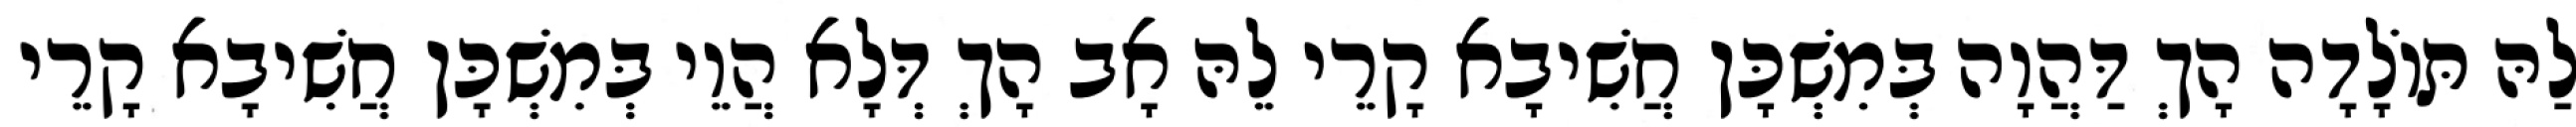
לַהּ תּוֹלָדָה הָךְ דַּהֲוָה בְּמִשְׁכָּן חֲשִׁיבָא קָרֵי לֵהּ אָב הָךְ דְּלָא הֲוֵי בְּמִשְׁכָּן חֲשִׁיבָא קָרֵי